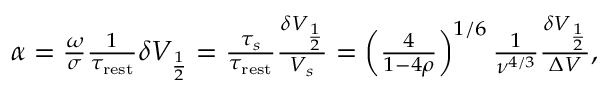
\begin{array} { r } { \alpha = \frac { \omega } { \sigma } \frac { 1 } { \tau _ { \mathrm { r e s t } } } \delta V _ { \frac { 1 } { 2 } } = \frac { \tau _ { s } } { \tau _ { \mathrm { r e s t } } } \frac { \delta V _ { \frac { 1 } { 2 } } } { V _ { s } } = \left( \frac { 4 } { 1 - 4 \rho } \right) ^ { 1 / 6 } \frac { 1 } { \nu ^ { 4 / 3 } } \frac { \delta V _ { \frac { 1 } { 2 } } } { \Delta V } , } \end{array}